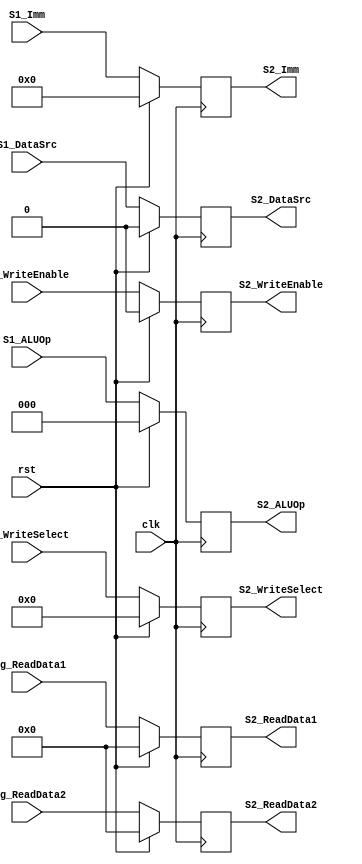
`timescale 1ns / 1ps
//////////////////////////////////////////////////////////////////////////////////
// Company: 
// Engineer: 
// 
// Design Name: 
// Module Name:    S2_Register 
// Project Name: 
// Target Devices: 
// Tool versions: 
// Description: 
//
// Dependencies: 
//
// Revision: 
// Revision 0.01 - File Created
// Additional Comments: 
//
//////////////////////////////////////////////////////////////////////////////////
module S2_Register(
    input clk,
    input rst,
    input [31:0] Reg_ReadData1,
    input [31:0] Reg_ReadData2,
	 input [15:0] S1_Imm,
	 input S1_DataSrc,
	 input [2:0] S1_ALUOp,
	input [4:0] S1_WriteSelect,
    input S1_WriteEnable,
	 output reg [31:0] S2_ReadData1,
    output reg [31:0] S2_ReadData2,
	 output reg [15:0] S2_Imm,
	 output reg S2_DataSrc,
	 output reg [2:0] S2_ALUOp,
	output reg [4:0] S2_WriteSelect,
    output reg S2_WriteEnable

   );

    always@(posedge clk)
        begin
        if (rst)
            begin
            S2_ReadData1   <= 32'd0;
            S2_ReadData2   <= 32'd0;
				S2_Imm <= 16'd0;
				S2_DataSrc <= 1'd0;
				S2_ALUOp <= 3'd0;
				S2_WriteSelect <= 5'd0;
				S2_WriteEnable <= 1'b0;
            end
        else
            begin
            S2_ReadData1   <= Reg_ReadData1;
            S2_ReadData2   <= Reg_ReadData2;
            S2_WriteSelect <= S1_WriteSelect;
				S2_Imm <= S1_Imm;
				S2_ALUOp <= S1_ALUOp;
				S2_DataSrc <= S1_DataSrc;
				S2_WriteEnable <= S1_WriteEnable ; 
            end
        end
		endmodule